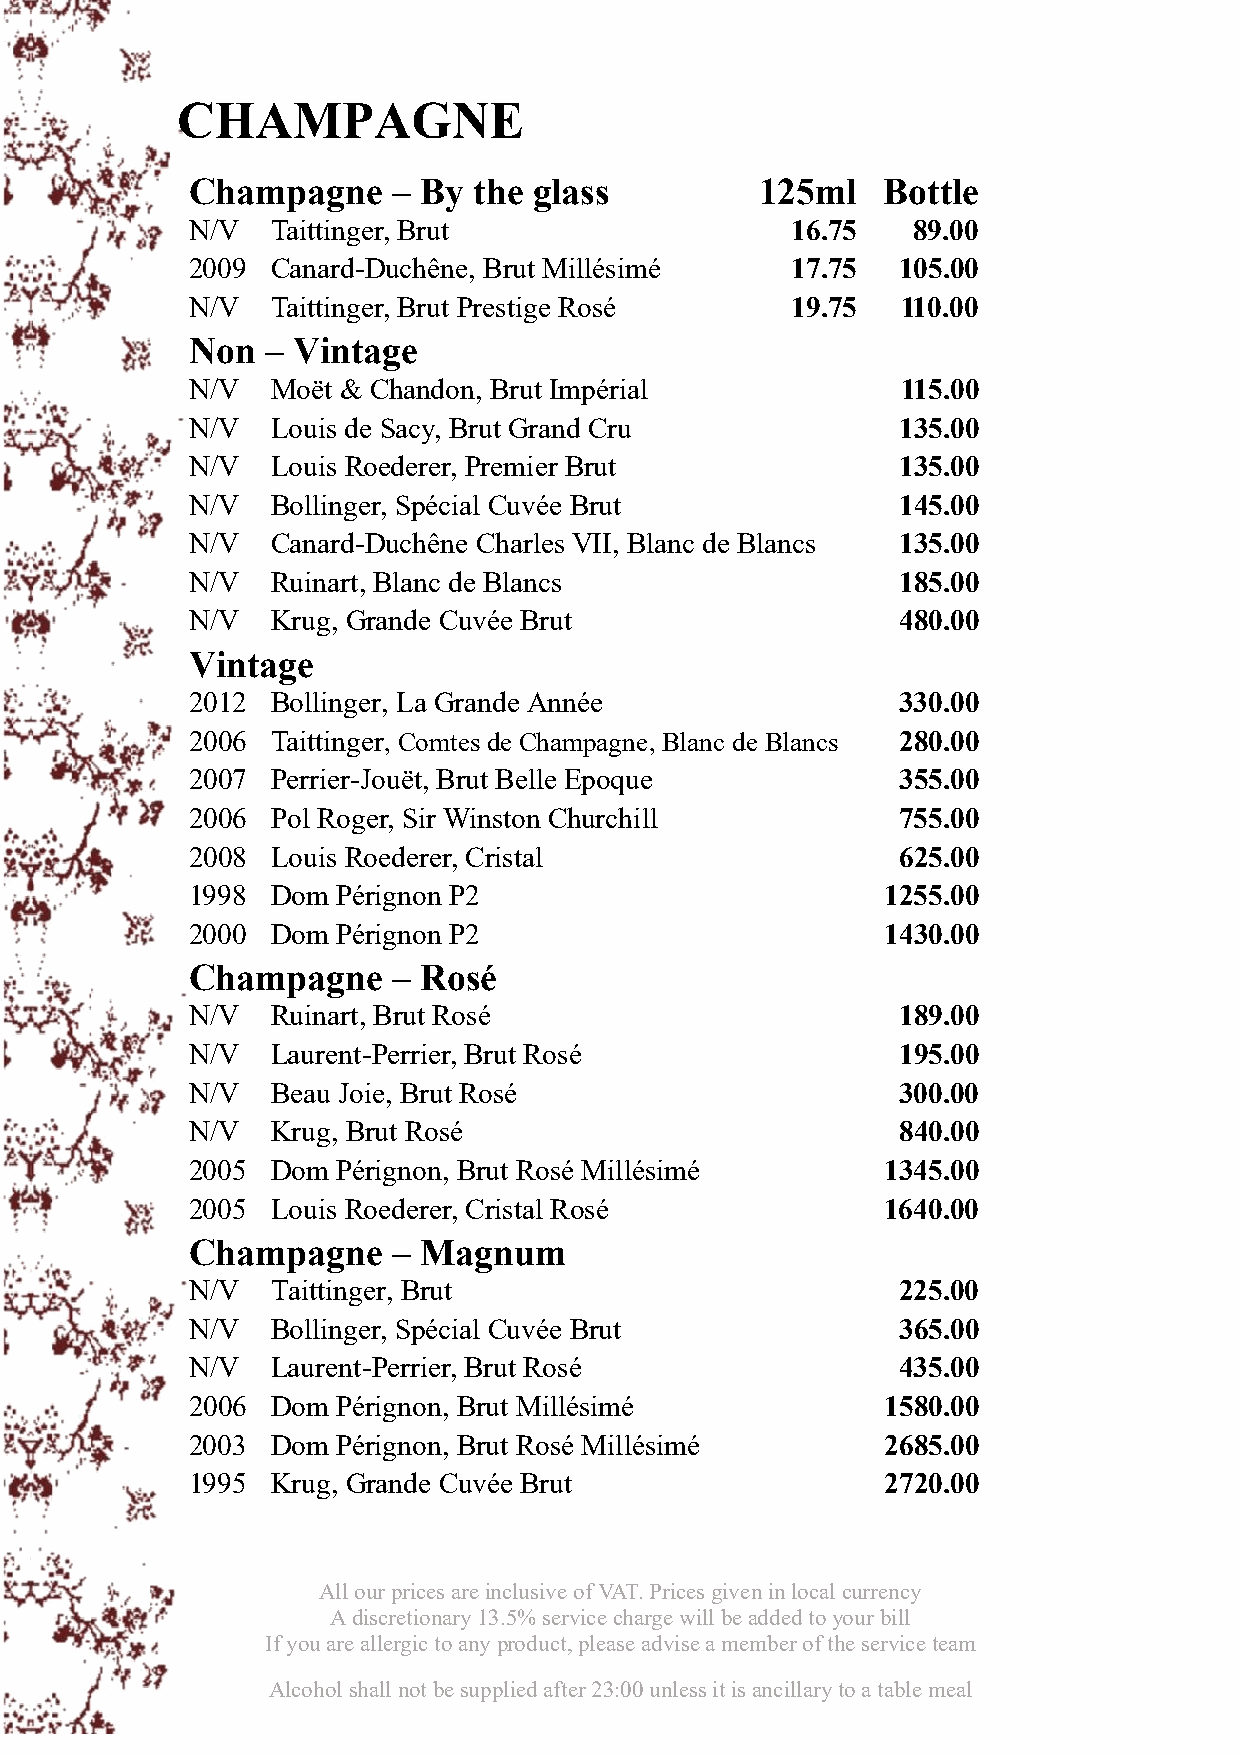
CHAMPAGNE
 Champagne     – By the glass          125ml   Bottle
 N/V   Taittinger, Brut                  16.75   89.00
 2009  Canard-Duchêne, Brut Millésimé    17.75  105.00
 N/V   Taittinger, Brut Prestige Rosé    19.75   110.00
 Non   – Vintage
 N/V   Moët & Chandon, Brut Impérial             115.00
 N/V   Louis de Sacy, Brut Grand Cru            135.00
 N/V   Louis Roederer, Premier Brut             135.00
 N/V   Bollinger, Spécial Cuvée Brut            145.00
 N/V   Canard-Duchêne Charles VII, Blanc de Blancs 135.00
 N/V   Ruinart, Blanc de Blancs                 185.00
 N/V   Krug, Grande Cuvée Brut                  480.00
 Vintage
 2012  Bollinger, La Grande Année               330.00
 2006  Taittinger, Comtes de Champagne, Blanc de Blancs 280.00
 2007  Perrier-Jouët, Brut Belle Epoque         355.00
 2006  Pol Roger, Sir Winston Churchill         755.00
 2008  Louis Roederer, Cristal                  625.00
 1998  Dom Pérignon P2                          1255.00
 2000  Dom Pérignon P2                          1430.00
 Champagne     – Rosé
 N/V   Ruinart, Brut Rosé                       189.00
 N/V   Laurent-Perrier, Brut Rosé               195.00
 N/V   Beau Joie, Brut Rosé                     300.00
 N/V   Krug, Brut Rosé                          840.00
 2005  Dom Pérignon, Brut Rosé Millésimé        1345.00
 2005  Louis Roederer, Cristal Rosé             1640.00
 Champagne     – Magnum
 N/V   Taittinger, Brut                         225.00
 N/V   Bollinger, Spécial Cuvée Brut            365.00
 N/V   Laurent-Perrier, Brut Rosé               435.00
 2006  Dom Pérignon, Brut Millésimé             1580.00
 2003  Dom Pérignon, Brut Rosé Millésimé        2685.00
 1995  Krug, Grande Cuvée Brut                  2720.00
 All our prices are inclusive of VAT. Prices given in local currency
 A discretionary 13.5% service charge will be added to your bill
 If you are allergic to any product, please advise a member of the service team
 Alcohol shall not be supplied after 23:00 unless it is ancillary to a table meal